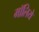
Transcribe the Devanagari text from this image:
मॉलिये